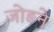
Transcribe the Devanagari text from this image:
जोङने